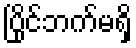
ပြိုင်ဘက်မရှိ